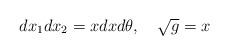
\begin{align*}dx_1 dx_2 = x dx d\theta ,\ \ \ \sqrt{g} = x \end{align*}